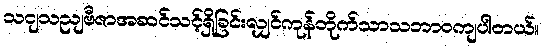
သငျသညျဗီဇာအဆင်သင့်ရှိခြင်းလျှင်ကုန်တိုက်သာသဘာဝကျပါတယ်။